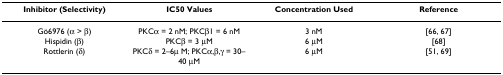
| Inhibitor (Selectivity) | IC50 Values | Concentration Used | Reference |
 | --- | --- | --- | --- |
 | Gö6976 (α > β) | PKCα = 2 nM; PKCβ1 = 6 nM | 3 nM | [66, 67] |
 | Hispidin (β) | PKCβ = 3 μM | 6 μM | [68] |
 | Rottlerin (δ) | PKCδ = 2–6μ M; PKCα,β,γ = 30–40 μM | 6 μM | [51, 69] |